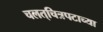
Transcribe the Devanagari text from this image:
चलत्‌चित्रपटाच्या